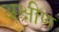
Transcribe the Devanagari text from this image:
अक्षीण